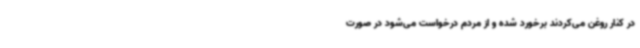
در کنار روغن می‌کردند برخورد شده و از مردم درخواست می‌شود در صورت